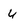
Character: u